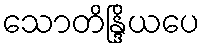
သောတိန္ဒြိယပေ